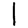
Digit: 1